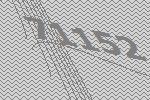
71152